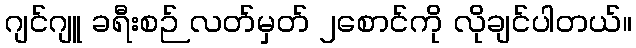
ဂျင်ဂျူ ခရီးစဉ် လတ်မှတ် ၂စောင်ကို လိုချင်ပါတယ်။